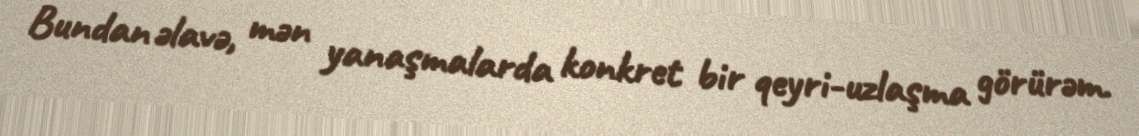
Bundan əlavə, mən yanaşmalarda konkret bir qeyri-uzlaşma görürəm.